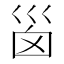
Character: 𡿺